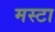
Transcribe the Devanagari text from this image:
मस्टा